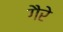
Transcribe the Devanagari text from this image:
गैरे